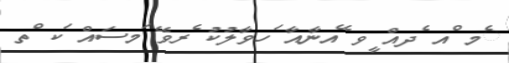
ެމ ްއ ެދއް ީވ ޭއނާއާ ަހވާލުކު ެރވޭ ަމސައް ަކ ްތ